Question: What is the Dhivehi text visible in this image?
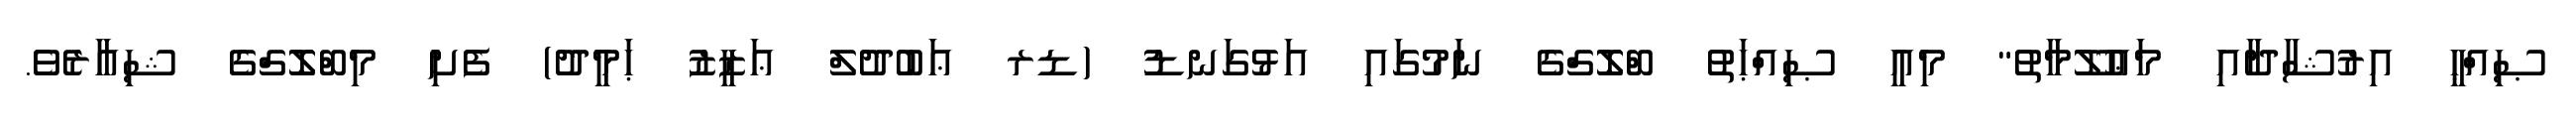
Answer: ޞިއްޙީ އިރުޝާދާއި މަޢުލޫމާތު" މިއީ ޞިއްޙަތު ބްލޮގްގެ ނަމުގައި އަޅުގަނޑު (ޑރ ޢަބުދުލް ޢަޒީޒު ޙަމީދު) ފެށި މިބްލޮގްގެ ޝިއާރެވެ.